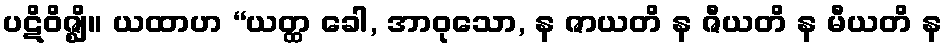
ပဋိဝိဇ္ဈိ။ ယထာဟ “ယတ္ထ ခေါ, အာဝုသော, န ဇာယတိ န ဇီယတိ န မီယတိ န